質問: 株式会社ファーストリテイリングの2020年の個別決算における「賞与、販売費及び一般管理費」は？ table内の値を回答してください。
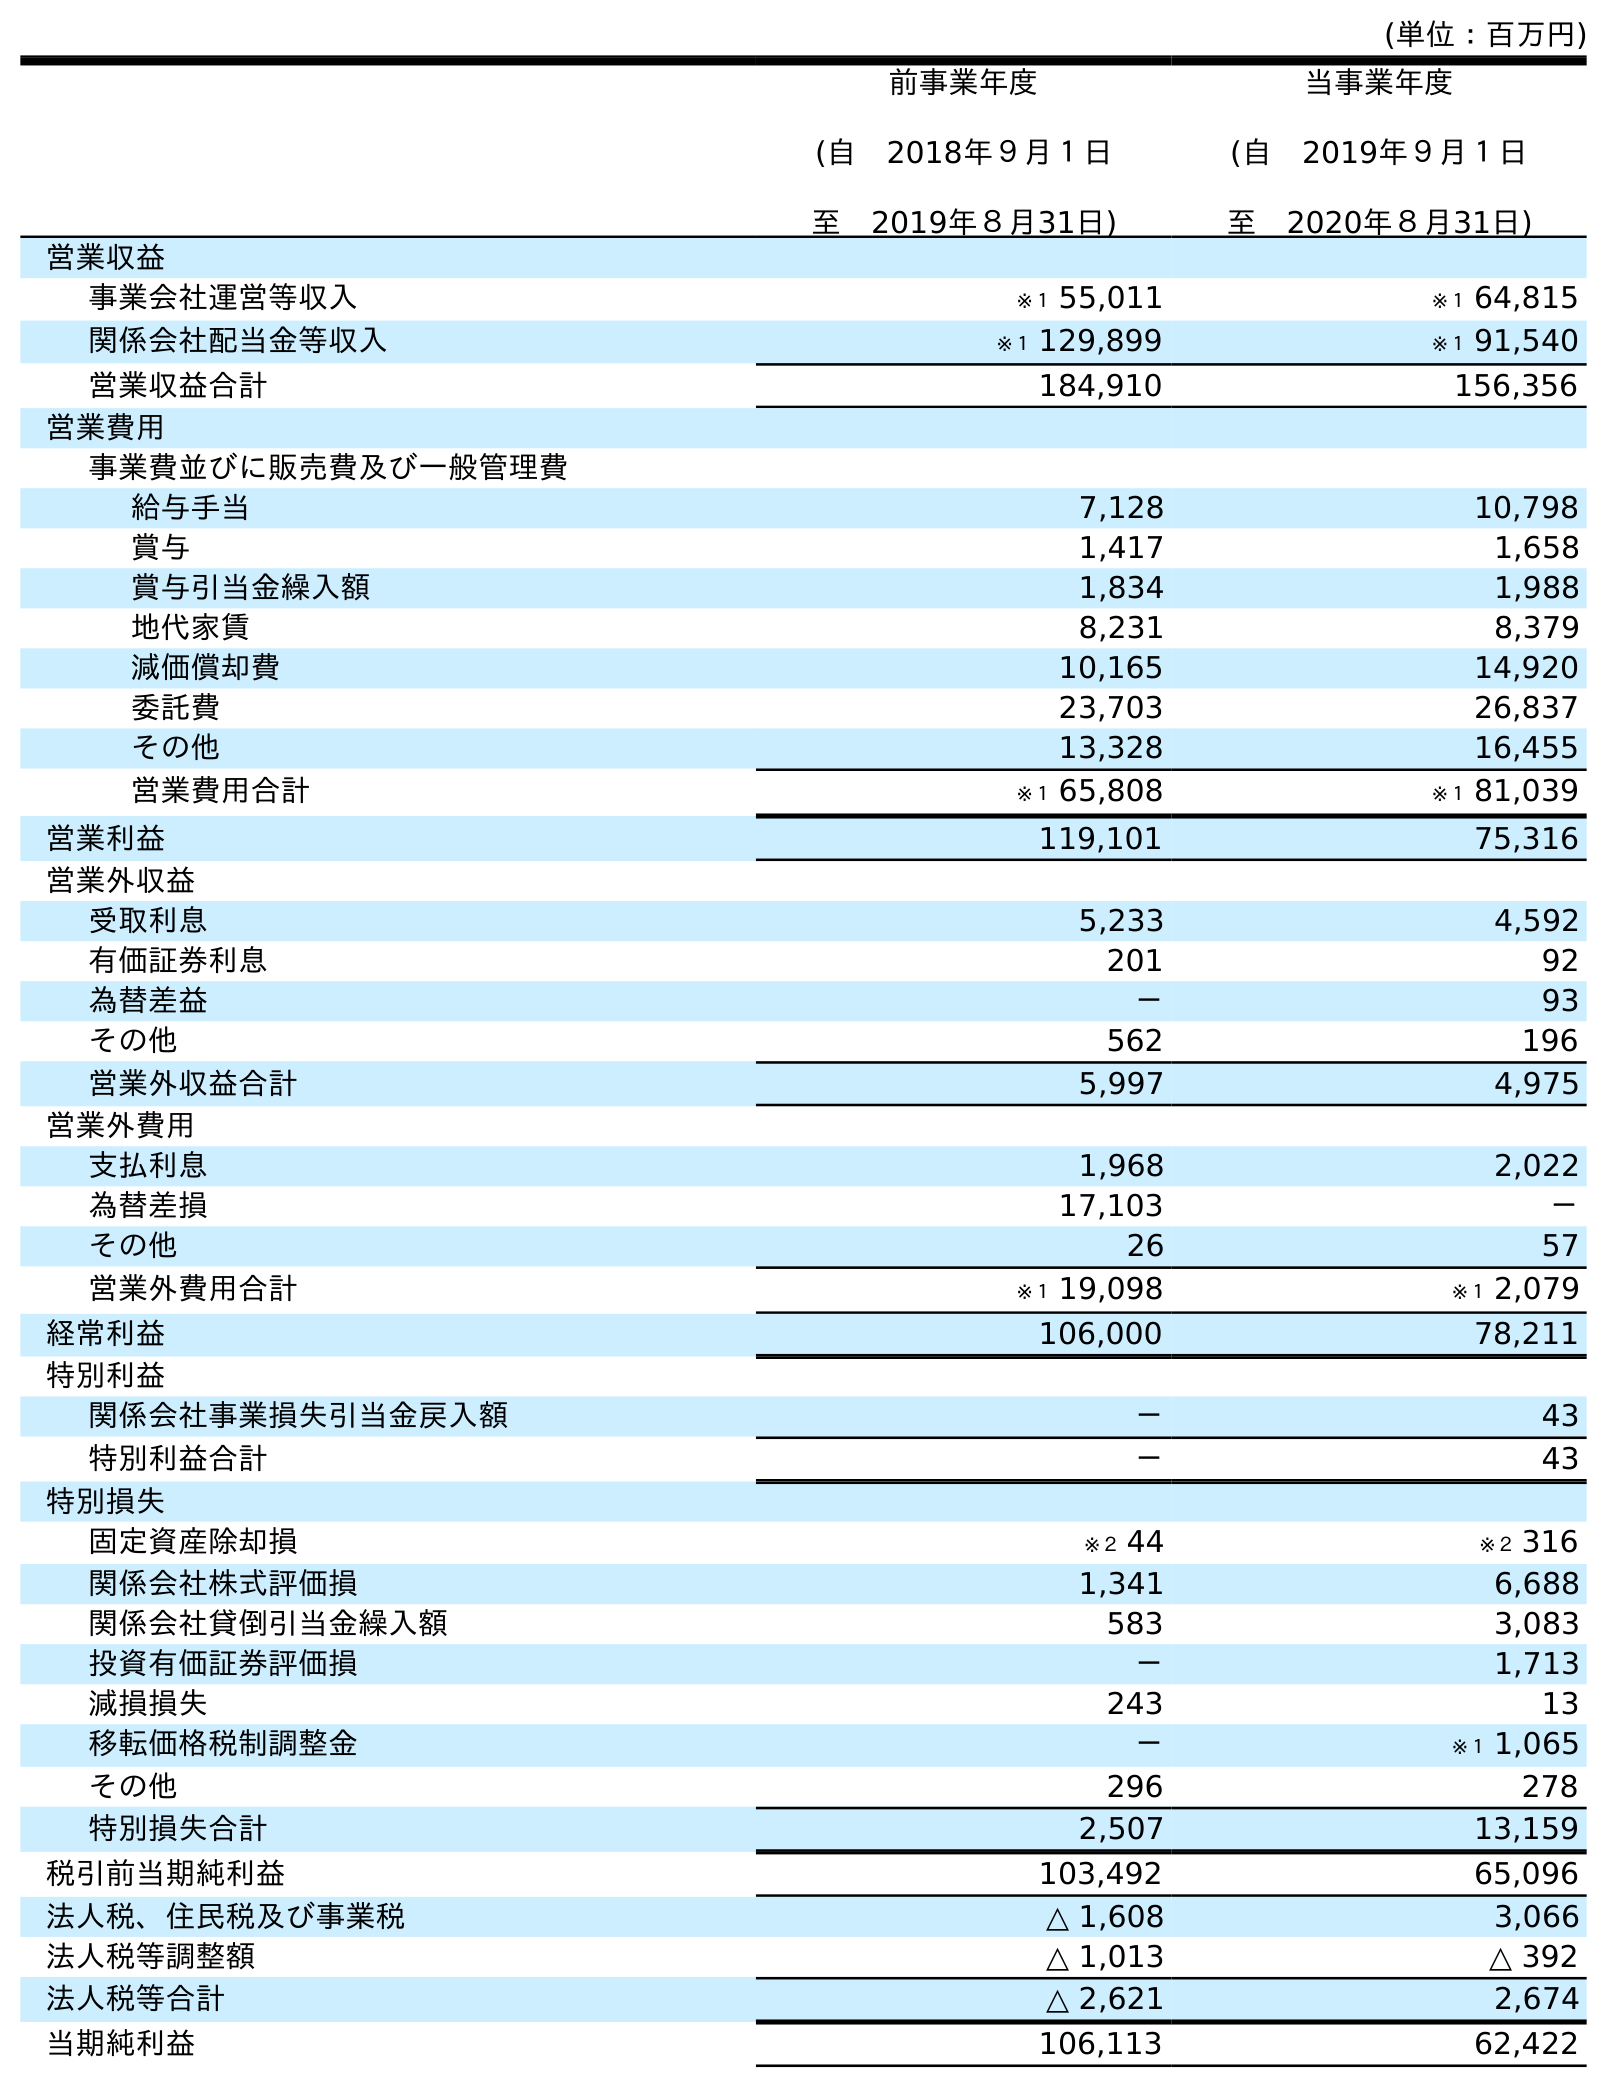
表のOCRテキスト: (単位：百万円) 前事業年度 (自 2018年９月１日 至 2019年８月31日) 当事業年度 (自 2019年９月１日 至 2020年８月31日) 営業収益 事業会社運営等収入 ※１ 55,011 ※１ 64,815 関係会社配当金等収入 ※１ 129,899 ※１ 91,540 営業収益合計 184,910 156,356 営業費用 事業費並びに販売費及び一般管理費 給与手当 7,128 10,798 賞与 1,417 1,658 賞与引当金繰入額 1,834 1,988 地代家賃 8,231 8,379 減価償却費 10,165 14,920 委託費 23,703 26,837 その他 13,328 16,455 営業費用合計 ※１ 65,808 ※１ 81,039 営業利益 119,101 75,316 営業外収益 受取利息 5,233 4,592 有価証券利息 201 92 為替差益 － 93 その他 562 196 営業外収益合計 5,997 4,975 営業外費用 支払利息 1,968 2,022 為替差損 17,103 － その他 26 57 営業外費用合計 ※１ 19,098 ※１ 2,079 経常利益 106,000 78,211 特別利益 関係会社事業損失引当金戻入額 － 43 特別利益合計 － 43 特別損失 固定資産除却損 ※２ 44 ※２ 316 関係会社株式評価損 1,341 6,688 関係会社貸倒引当金繰入額 583 3,083 投資有価証券評価損 － 1,713 減損損失 243 13 移転価格税制調整金 － ※１ 1,065 その他 296 278 特別損失合計 2,507 13,159 税引前当期純利益 103,492 65,096 法人税、住民税及び事業税 △ 1,608 3,066 法人税等調整額 △ 1,013 △ 392 法人税等合計 △ 2,621 2,674 当期純利益 106,113 62,422
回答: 1,658